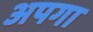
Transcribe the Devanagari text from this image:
अपगा